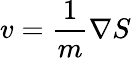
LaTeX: v=\frac{1}{m}\nabla S